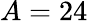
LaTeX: A=24